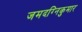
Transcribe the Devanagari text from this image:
जमदग्निकुमार